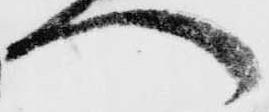
へ